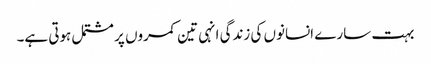
بہت سارے انسانوں کی زندگی انہی تین کمروں پر مشتمل ہوتی ہے۔